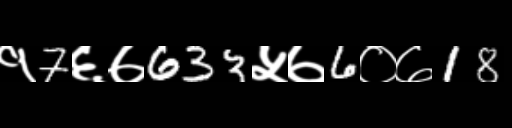
Text: १7६७633५७6०७18